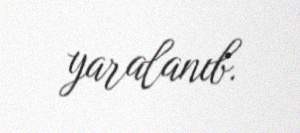
yaralanıb.